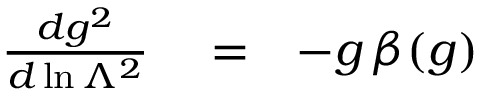
\begin{array} { r l r } { { \frac { d g ^ { 2 } } { d \ln \Lambda ^ { 2 } } } } & { { } = } & { - g \, \beta ( g ) } \end{array}